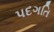
પદગતિ